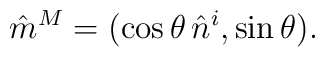
\hat m^M =(\cos\theta\,\hat n^i, \sin\theta ).